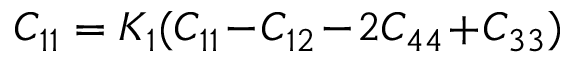
C _ { 1 1 } = K _ { 1 } ( C _ { 1 1 } \! - \! C _ { 1 2 } \! - \! 2 C _ { 4 4 } \! + \! C _ { 3 3 } )